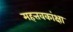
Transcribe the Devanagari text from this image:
महत्तवकांक्षा